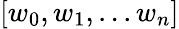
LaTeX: [w_{0},w_{1},...w_{n}]